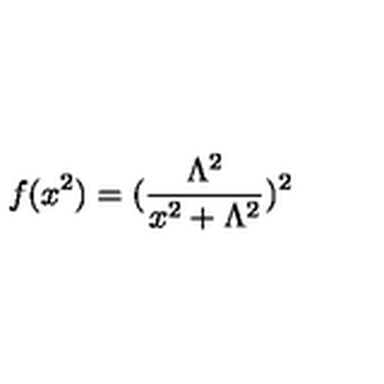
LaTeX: f ( x ^ { 2 } ) = ( \frac { \Lambda ^ { 2 } } { x ^ { 2 } + \Lambda ^ { 2 } } ) ^ { 2 }